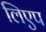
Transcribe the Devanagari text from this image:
लिएप